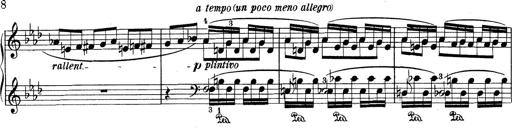
Title: Variationen Ã¼ber das Motiv von Bach
Composer: Franz Liszt